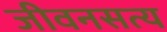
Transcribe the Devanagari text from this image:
जीवनसत्य